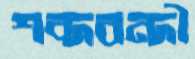
শব্দবন্দী